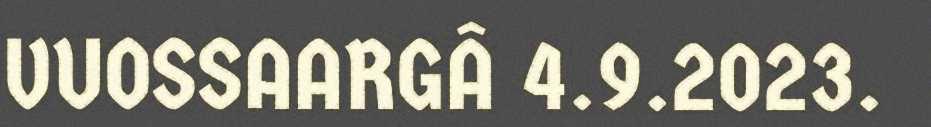
VUOSSAARGÂ 4.9.2023.